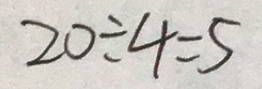
2 0 \div 4 = 5